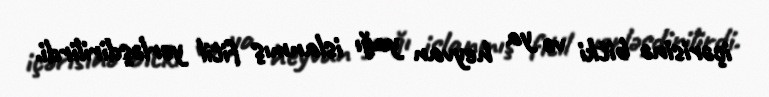
içərisinə bitki və ya heyvan yağı islanmış fitil yerləşdirilirdi.